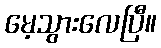
မေ့သွားလေပြီ။